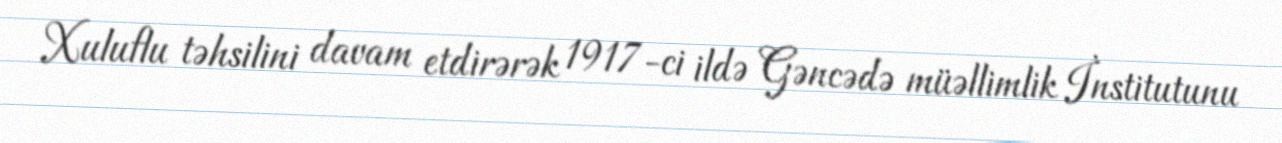
Xuluflu təhsilini davam etdirərək 1917-ci ildə Gəncədə müəllimlik İnstitutunu